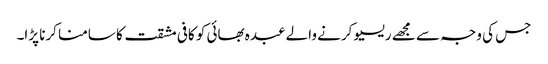
جس کی وجہ سے مجھے ریسیو کرنے والے عبدہ بھائی کو کافی مشقت کا سامنا کرنا پڑا۔